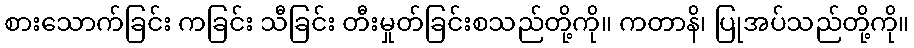
စားသောက်ခြင်း ကခြင်း သီခြင်း တီးမှုတ်ခြင်းစသည်တို့ကို။ ကတာနိ၊ ပြုအပ်သည်တို့ကို။